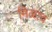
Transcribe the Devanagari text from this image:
मिळाच